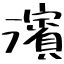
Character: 濱